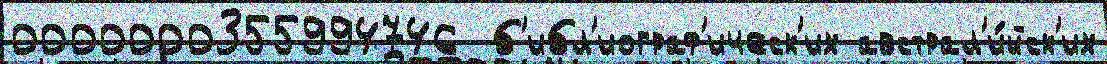
0000000355994746  б'ибл'иограф'ическ'их австрал'и́йск'их